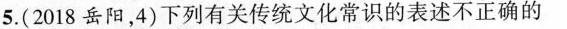
5.(2018岳阳，4)下列有关传统文化常识的表述不正确的